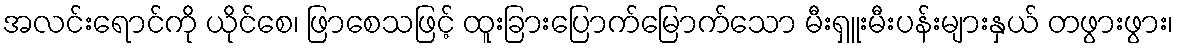
အလင်းရောင်ကို ယိုင်စေ၊ ဖြာစေသဖြင့် ထူးခြားပြောက်မြောက်သော မီးရှူးမီးပန်းများနှယ် တဖွားဖွား၊